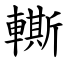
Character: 䡳